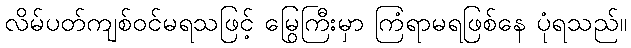
လိမ်ပတ်ကျစ်ဝင်မရသဖြင့် မြွေကြီးမှာ ကြံရာမရဖြစ်နေ ပုံရသည်။